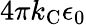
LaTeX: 4\pi k_{\mathrm{{C}}}\epsilon_{0}